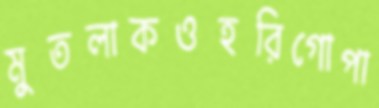
মুতলাকওহরিগোপা